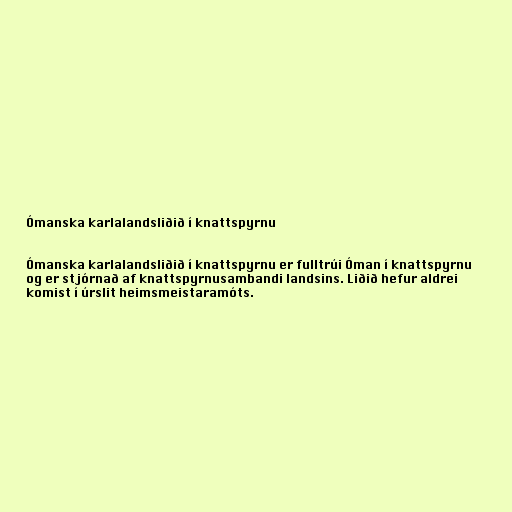
Ómanska karlalandsliðið í knattspyrnu

Ómanska karlalandsliðið í knattspyrnu er fulltrúi Óman í knattspyrnu
og er stjórnað af knattspyrnusambandi landsins. Liðið hefur aldrei
komist í úrslit heimsmeistaramóts.